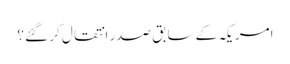
امریکہ کے سابق صدر انتقال کر گئے ؟